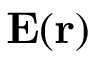
{ \bf E } ( { \bf r } )